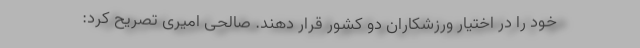
خود را در اختیار ورزشکاران دو کشور قرار دهند. صالحی امیری تصریح کرد: